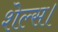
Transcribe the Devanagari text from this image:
शेल्स।